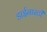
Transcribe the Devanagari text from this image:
डाईनास्टी